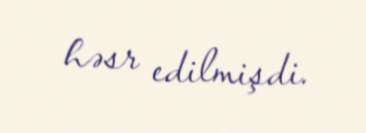
həsr edilmişdi.